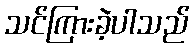
သင်ကြားခဲ့ပါသည်